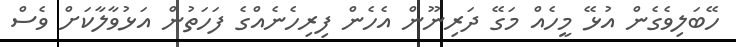
ހޭބަލިވެގެން އުޅޭ މީހެއް މަގޭ ދަރިނޫން އެހެން ފިރިހެނެއްގެ ފަހަތުން އަޅުވާލާކަށް ވެސް